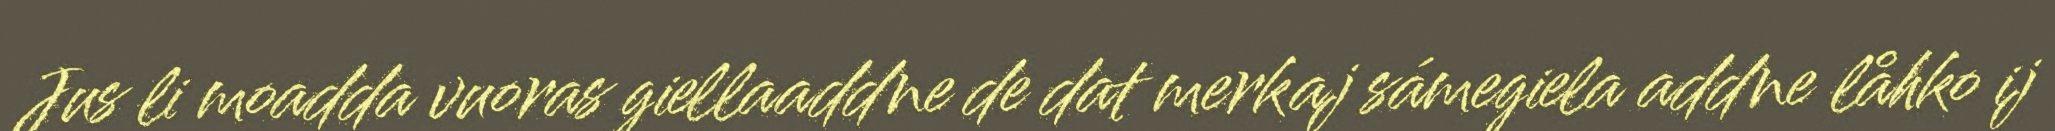
Jus li moadda vuoras giellaaddne de dat merkaj sámegiela addne låhko ij